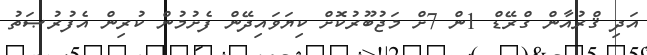
އަދި ޤްރުއާން ގްރޭޑް 1ން 7ށް މަޖުބޫރުކޮށް ކިޔަވައިދޭން ފެށުމުން ކުރިން އެފުރުޞަތު